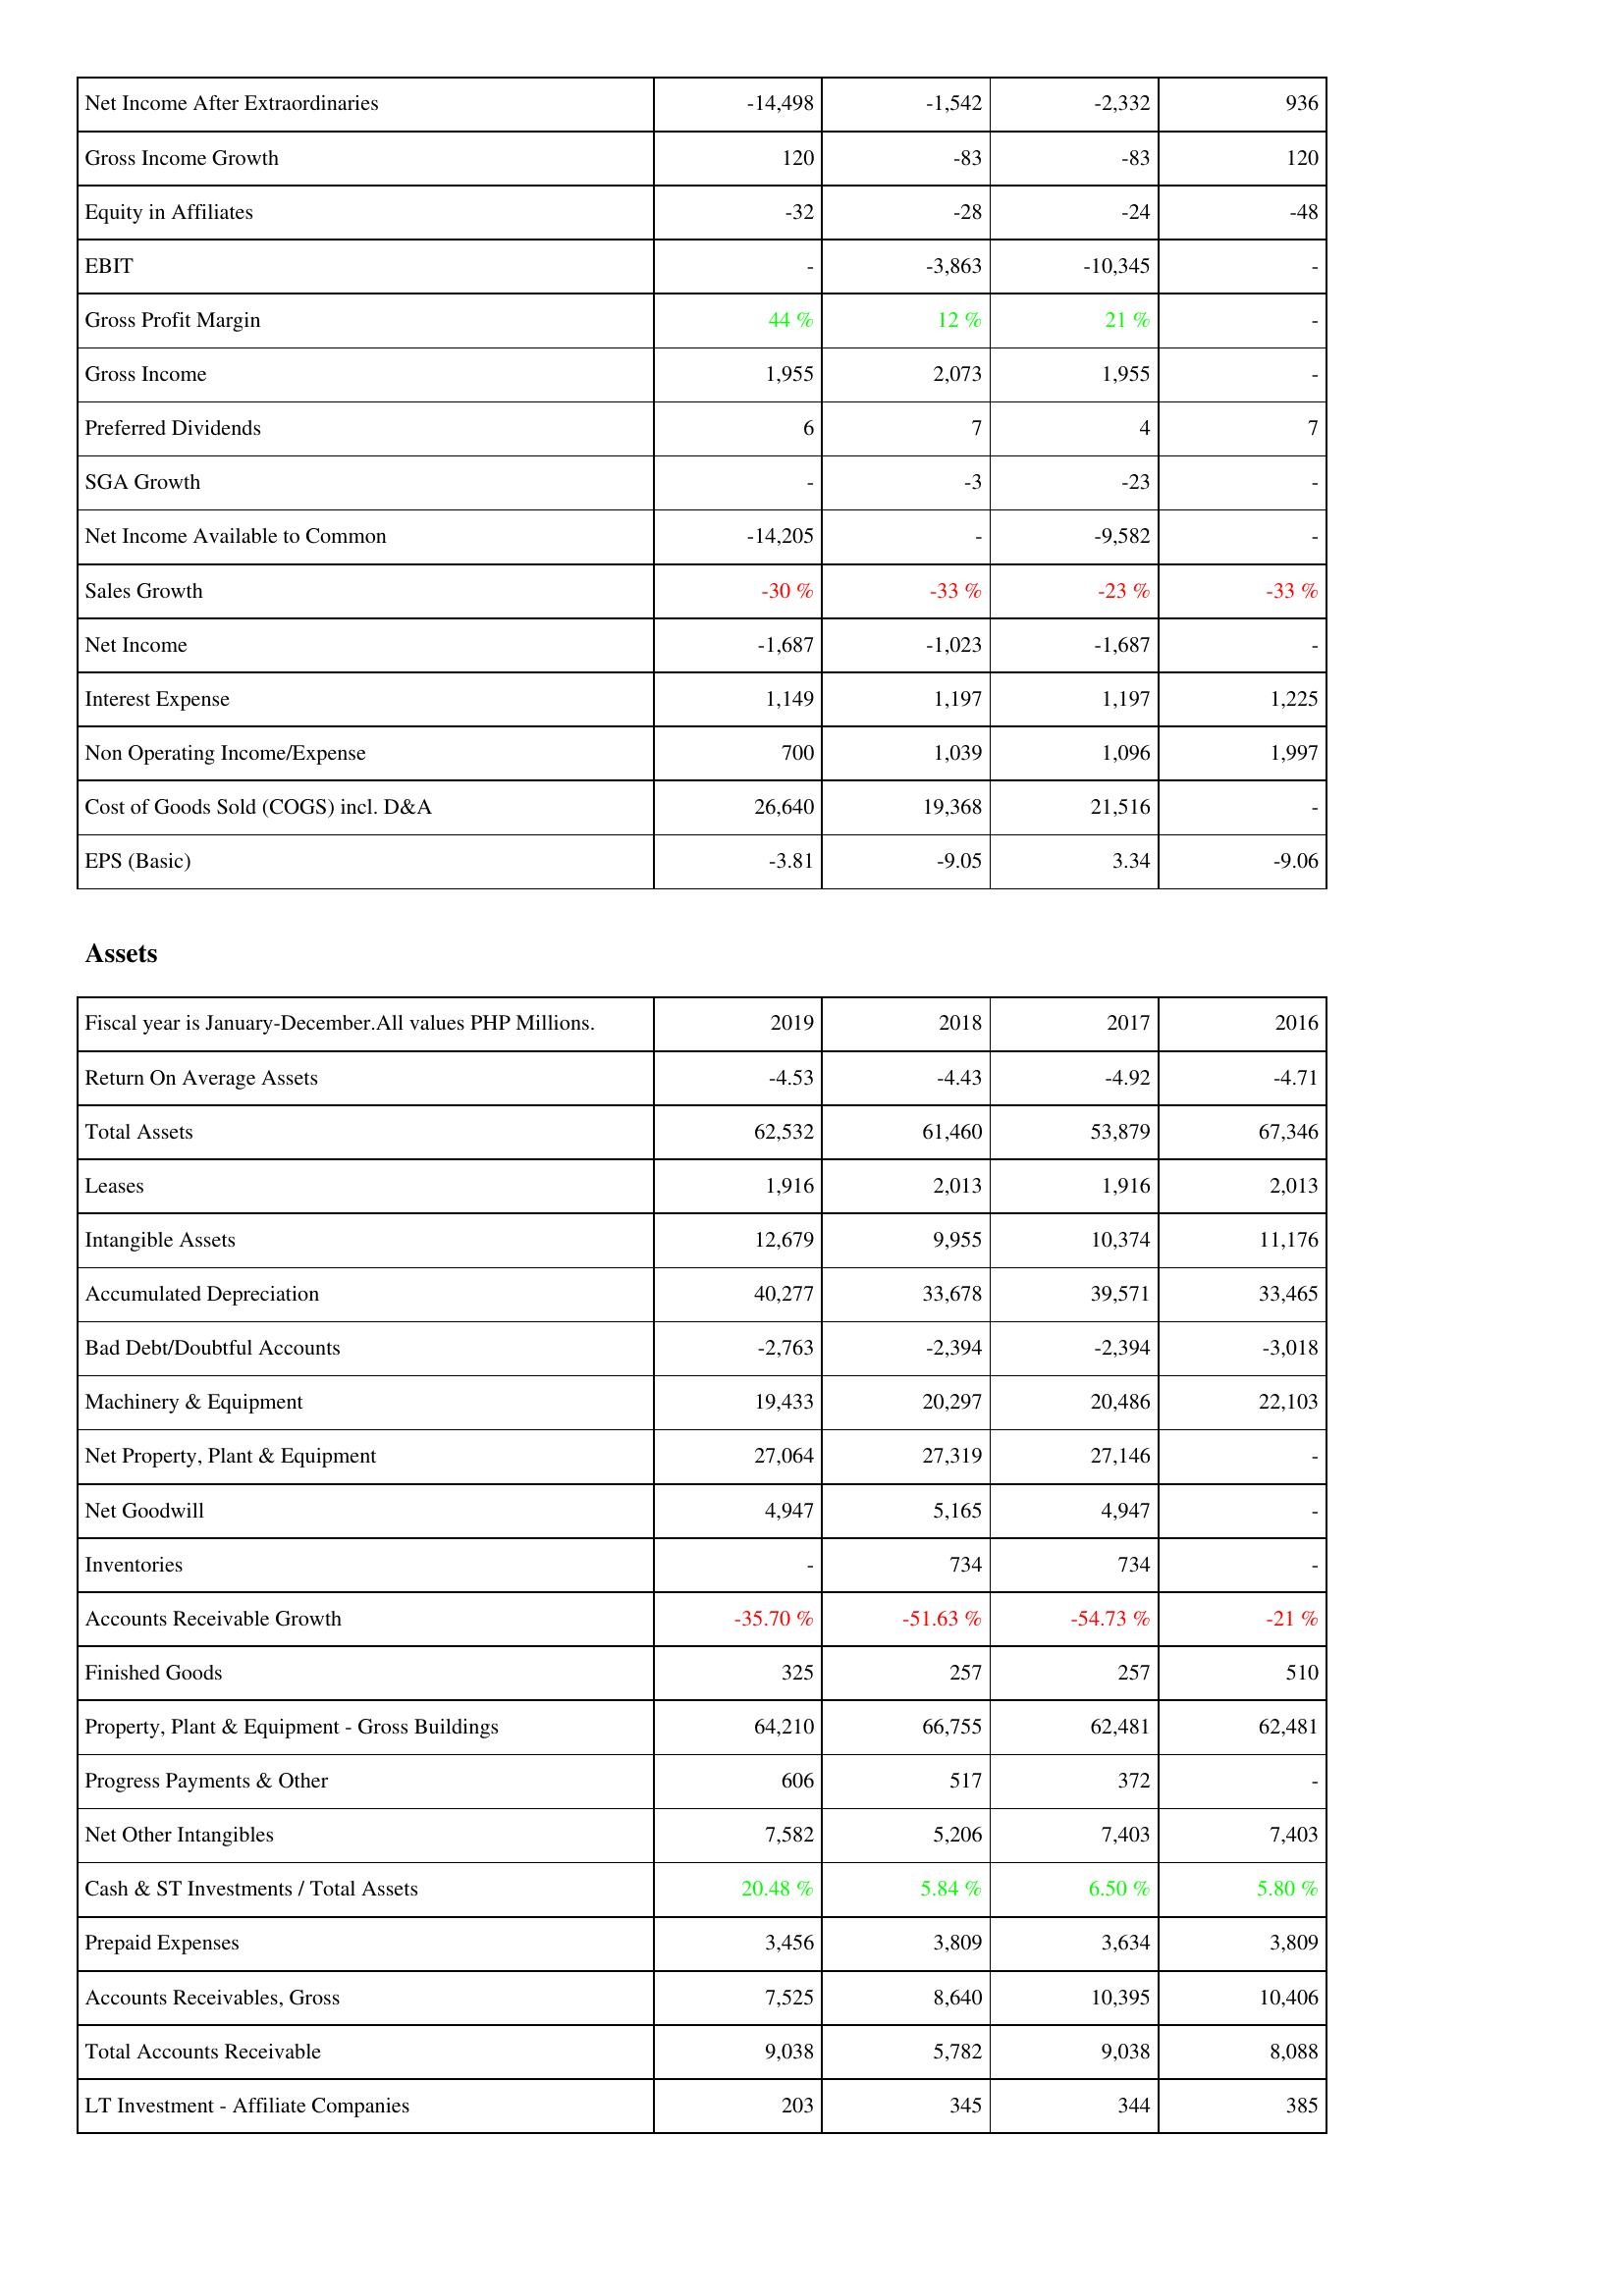
2019: Income Statement: Net Income After Extraordinaries: -14,498
Gross Income Growth: 120
Equity in Affiliates: -32
EBIT: -
Gross Profit Margin: 44 %
Gross Income: 1,955
Preferred Dividends: 6
SGA Growth: -
Net Income Available to Common: -14,205
Sales Growth: -30 %
Net Income: -1,687
Interest Expense: 1,149
Non Operating Income/Expense: 700
Cost of Goods Sold (COGS) incl. D&A: 26,640
EPS (Basic): -3.81
Assets: Return On Average Assets: -4.53
Total Assets: 62,532
Leases: 1,916
Intangible Assets: 12,679
Accumulated Depreciation: 40,277
Bad Debt/Doubtful Accounts: -2,763
Machinery & Equipment: 19,433
Net Property, Plant & Equipment: 27,064
Net Goodwill: 4,947
Inventories: -
Accounts Receivable Growth: -35.70 %
Finished Goods: 325
Property, Plant & Equipment - Gross Buildings: 64,210
Progress Payments & Other: 606
Net Other Intangibles: 7,582
Cash & ST Investments / Total Assets: 20.48 %
Prepaid Expenses: 3,456
Accounts Receivables, Gross: 7,525
Total Accounts Receivable: 9,038
LT Investment - Affiliate Companies: 203
2018: Income Statement: Net Income After Extraordinaries: -1,542
Gross Income Growth: -83
Equity in Affiliates: -28
EBIT: -3,863
Gross Profit Margin: 12 %
Gross Income: 2,073
Preferred Dividends: 7
SGA Growth: -3
Net Income Available to Common: -
Sales Growth: -33 %
Net Income: -1,023
Interest Expense: 1,197
Non Operating Income/Expense: 1,039
Cost of Goods Sold (COGS) incl. D&A: 19,368
EPS (Basic): -9.05
Assets: Return On Average Assets: -4.43
Total Assets: 61,460
Leases: 2,013
Intangible Assets: 9,955
Accumulated Depreciation: 33,678
Bad Debt/Doubtful Accounts: -2,394
Machinery & Equipment: 20,297
Net Property, Plant & Equipment: 27,319
Net Goodwill: 5,165
Inventories: 734
Accounts Receivable Growth: -51.63 %
Finished Goods: 257
Property, Plant & Equipment - Gross Buildings: 66,755
Progress Payments & Other: 517
Net Other Intangibles: 5,206
Cash & ST Investments / Total Assets: 5.84 %
Prepaid Expenses: 3,809
Accounts Receivables, Gross: 8,640
Total Accounts Receivable: 5,782
LT Investment - Affiliate Companies: 345
2017: Income Statement: Net Income After Extraordinaries: -2,332
Gross Income Growth: -83
Equity in Affiliates: -24
EBIT: -10,345
Gross Profit Margin: 21 %
Gross Income: 1,955
Preferred Dividends: 4
SGA Growth: -23
Net Income Available to Common: -9,582
Sales Growth: -23 %
Net Income: -1,687
Interest Expense: 1,197
Non Operating Income/Expense: 1,096
Cost of Goods Sold (COGS) incl. D&A: 21,516
EPS (Basic): 3.34
Assets: Return On Average Assets: -4.92
Total Assets: 53,879
Leases: 1,916
Intangible Assets: 10,374
Accumulated Depreciation: 39,571
Bad Debt/Doubtful Accounts: -2,394
Machinery & Equipment: 20,486
Net Property, Plant & Equipment: 27,146
Net Goodwill: 4,947
Inventories: 734
Accounts Receivable Growth: -54.73 %
Finished Goods: 257
Property, Plant & Equipment - Gross Buildings: 62,481
Progress Payments & Other: 372
Net Other Intangibles: 7,403
Cash & ST Investments / Total Assets: 6.50 %
Prepaid Expenses: 3,634
Accounts Receivables, Gross: 10,395
Total Accounts Receivable: 9,038
LT Investment - Affiliate Companies: 344
2016: Income Statement: Net Income After Extraordinaries: 936
Gross Income Growth: 120
Equity in Affiliates: -48
EBIT: -
Gross Profit Margin: -
Gross Income: -
Preferred Dividends: 7
SGA Growth: -
Net Income Available to Common: -
Sales Growth: -33 %
Net Income: -
Interest Expense: 1,225
Non Operating Income/Expense: 1,997
Cost of Goods Sold (COGS) incl. D&A: -
EPS (Basic): -9.06
Assets: Return On Average Assets: -4.71
Total Assets: 67,346
Leases: 2,013
Intangible Assets: 11,176
Accumulated Depreciation: 33,465
Bad Debt/Doubtful Accounts: -3,018
Machinery & Equipment: 22,103
Net Property, Plant & Equipment: -
Net Goodwill: -
Inventories: -
Accounts Receivable Growth: -21 %
Finished Goods: 510
Property, Plant & Equipment - Gross Buildings: 62,481
Progress Payments & Other: -
Net Other Intangibles: 7,403
Cash & ST Investments / Total Assets: 5.80 %
Prepaid Expenses: 3,809
Accounts Receivables, Gross: 10,406
Total Accounts Receivable: 8,088
LT Investment - Affiliate Companies: 385